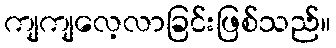
ကျကျလေ့လာခြင်းဖြစ်သည်။